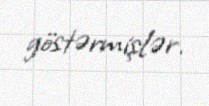
göstərmişlər.